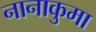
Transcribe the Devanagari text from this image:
नानाकुमा